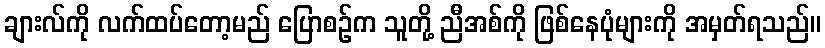
ချားလ်ကို လက်ထပ်တော့မည် ပြောစဉ်က သူတို့ ညီအစ်ကို ဖြစ်နေပုံများကို အမှတ်ရသည်။